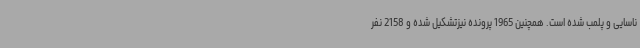
ناسایی و پلمب شده است. همچنین 1965 پرونده نیزتشکیل شده و 2158 نفر